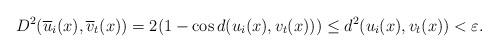
LaTeX: \begin{align*} D^2(\overline u_i(x), \overline v_t(x))= 2(1- \cos d(u_i(x), v_t(x))) \leq d^2(u_i(x), v_t(x))< \varepsilon .\end{align*}